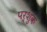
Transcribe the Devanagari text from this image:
पर्शुक